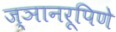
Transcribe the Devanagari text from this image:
ज्ञानरूपिणे